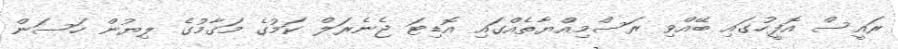
ރައީސް އޮފީހުގައި ބޭއްވި ރަސްމިއްޔާތެއްގައި އޮޑިޓަ ޖެނެރަލް ކަމުގެ މަގާމުގެ ލިޔުން ހަސަން